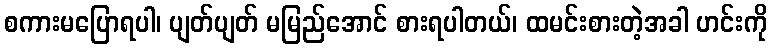
စကားမပြောရပါ၊ ပျတ်ပျတ် မမြည်အောင် စားရပါတယ်၊ ထမင်းစားတဲ့အခါ ဟင်းကို